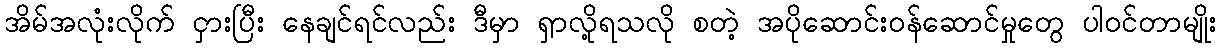
အိမ်အလုံးလိုက် ငှားပြီး နေချင်ရင်လည်း ဒီမှာ ရှာလို့ရသလို စတဲ့ အပိုဆောင်းဝန်ဆောင်မှုတွေ ပါဝင်တာမျိုး